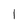
Character: I